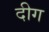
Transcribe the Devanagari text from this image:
दीग